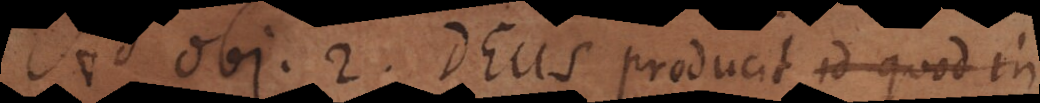
b j. 2. Deus producit id quod in